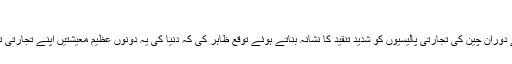
صدر ٹرمپ اقوام متحدہ کی جنرل اسمبلی سے خطاب کر رہے ہیں
صدر ٹرمپ نے اقوام متحدہ کی جنرل اسمبلی سے اپنے خطاب کے دوران چین کی تجارتی پالیسیوں کو شدید تنقید کا نشانہ بناتے ہوئے توقع ظاہر کی کہ دنیا کی یہ دونوں عظیم معیشتیں اپنے تجارتی تنازعے کو ختم کرنے کے لیے کسی سمجھوتے پر پہنچ سکتی ہیں۔